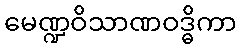
မေဏ္ဍဝိသာဏဝဒ္ဓိကာ